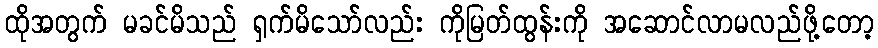
ထိုအတွက် မခင်မိသည် ရှက်မိသော်လည်း ကိုမြတ်ထွန်းကို အဆောင်လာမလည်ဖို့တော့